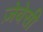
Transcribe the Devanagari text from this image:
ज़ेबेसी